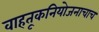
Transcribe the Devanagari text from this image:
वाहतूकनियोजनाचाच